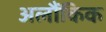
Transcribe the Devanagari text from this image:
अलौंकिक